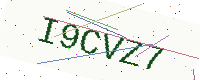
Text: I9CVZ7